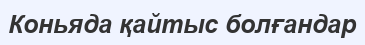
Коньяда қайтыс болғандар